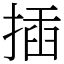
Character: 插